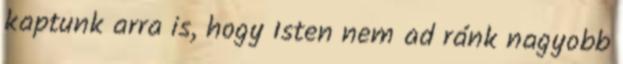
kaptunk arra is, hogy Isten nem ad ránk nagyobb